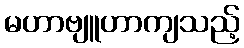
မဟာဗျူဟာကျသည့်